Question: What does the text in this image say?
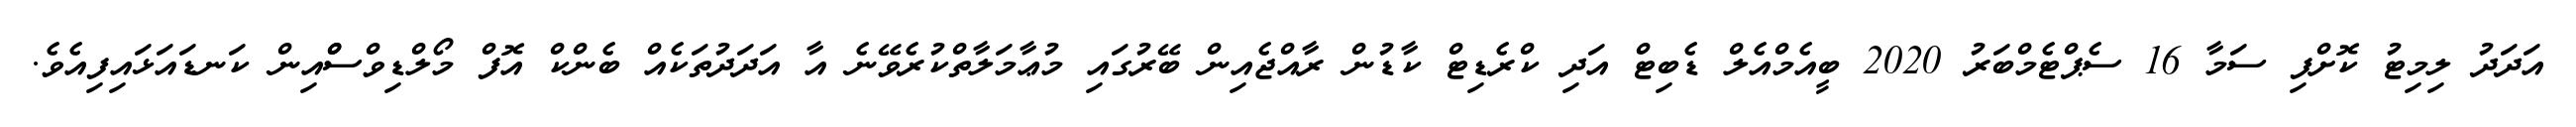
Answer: އަދަދު ލިމިޓު ކޮށްފި ސަމާ 16 ސެޕްޓެމްބަރު 2020 ބީއެމްއެލް ޑެބިޓް އަދި ކްރެޑިޓް ކާޑުން ރާއްޖެއިން ބޭރުގައި މުޢާމަލާތްކުރެވޭނެ އާ އަދަދުތަކެއް ބެންކް އޮފް މޯލްޑިވްސްްއިން ކަނޑައަޅައިފިއެވެ.